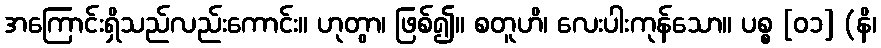
အကြောင်းရှိသည်လည်းကောင်း။ ဟုတွာ၊ ဖြစ်၍။ စတူဟိ၊ လေးပါးကုန်သော။ ပစ္စ [၀၁] (နိ၊